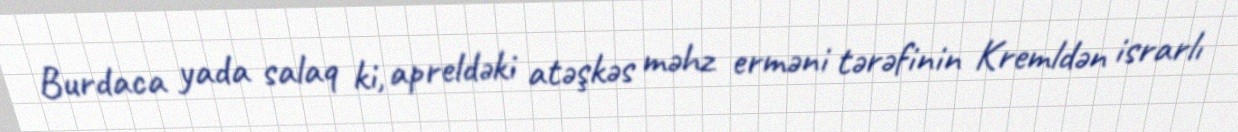
Burdaca yada salaq ki, apreldəki atəşkəs məhz erməni tərəfinin Kremldən israrlı